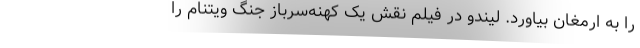
را به ارمغان بیاورد. لیندو در فیلم نقش یک کهنه‌سرباز جنگ ویتنام را